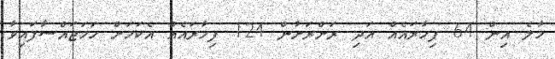
މާލެ އިން 64 ފިހާރައެއް އަދި ރަށްރަށުން 124 ފިހާރައެއް އެކަމަށް ހަމަޖައްސާފައިވާ